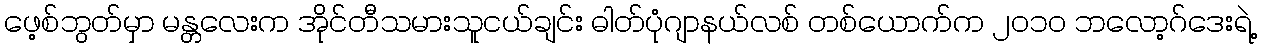
ဖေ့စ်ဘွတ်မှာ မန္တလေးက အိုင်တီသမားသူငယ်ချင်း ဓါတ်ပုံဂျာနယ်လစ် တစ်ယောက်က ၂၀၁၀ ဘလော့ဂ်ဒေးရဲ့